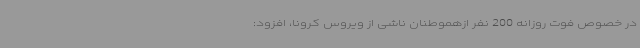
در خصوص فوت روزانه 200 نفر ازهموطنان ناشی از ویروس کرونا، افزود: